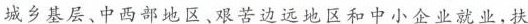
城乡基层、中西部地区、艰苦边远地区和中小企业就业，扶